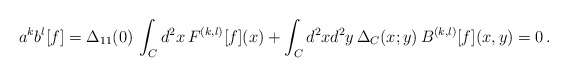
\begin{align*}a^{k}b^{l}[f] = \Delta_{11}(0) \, \int_{C}d^{2}x\, F^{(k,l)}[f](x) +\int_{C}d^{2}x d^{2}y \, \Delta_{C}(x;y)\, B^{(k,l)}[f](x,y) =0\, .\end{align*}